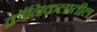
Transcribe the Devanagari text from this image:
क्रॉनिकलातील